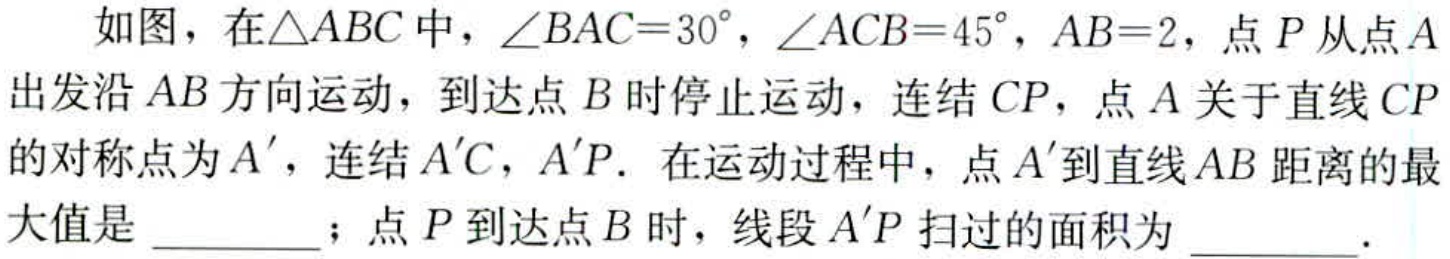
如图，在\(\triangle ABC\)中，\(\angle BAC = 30^{\circ}\)，\(\angle ACB = 45^{\circ}\)，\(AB = 2\)，点\(P\)从点\(A\)出发沿\(AB\)方向运动，到达点\(B\)时停止运动，连结\(CP\)，点\(A\)关于直线\(CP\)的对称点为\(A'\)，连结\(A'C\)，\(A'P\)．在运动过程中，点\(A'\)到直线\(AB\)距离的最大值是 \_\_\_\_\_；点\(P\)到达点\(B\)时，线段\(A'P\)扫过的面积为 \_\_\_\_\_．